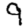
Digit: 9